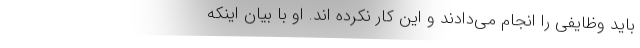
باید وظایفی را انجام می‌دادند و این کار نکرده اند. او با بیان اینکه